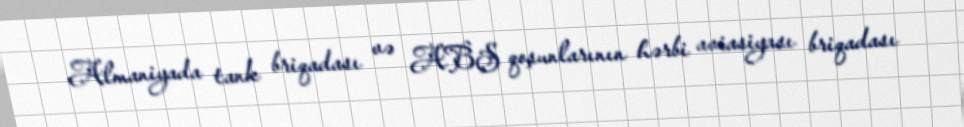
Almaniyada tank briqadası və ABŞ qoşunlarının hərbi aviasiyası briqadası